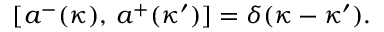
[ a ^ { - } ( \kappa ) , \, a ^ { + } ( \kappa ^ { \prime } ) ] = \delta ( \kappa - \kappa ^ { \prime } ) .